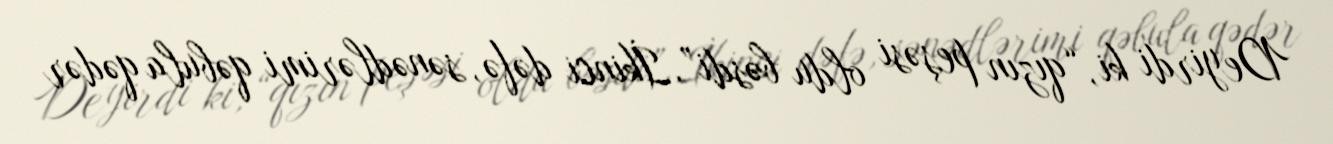
Deyirdi ki, “qızın peşəsi oldu bəsdi”.İkinci dəfə, sənədlərimi qəbula qədər